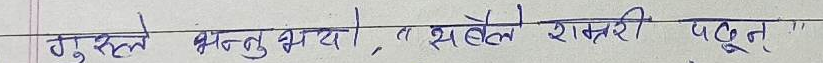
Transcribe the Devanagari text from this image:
गुरुहले भन्नुभयो, "सबैले शास्त्र पढून्‌।"